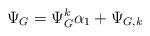
LaTeX: \begin{align*}\Psi_G=\Psi^k_G\alpha_1 +\Psi_{G,k}\end{align*}